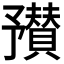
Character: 𬼼